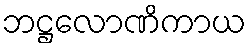
ဘဋ္ဌလောဏိကာယ